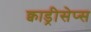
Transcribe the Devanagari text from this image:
क्वाड्रीसेप्स